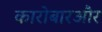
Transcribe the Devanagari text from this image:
कारोबारऔर